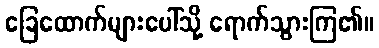
ခြေထောက်များပေါ်သို့ ရောက်သွားကြ၏။